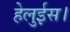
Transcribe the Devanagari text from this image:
हेलुईस।